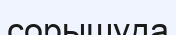
сорышуда